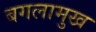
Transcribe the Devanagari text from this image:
बगलामुख